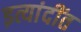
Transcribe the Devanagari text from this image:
इत्यांदींत